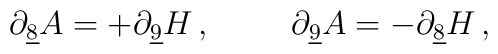
\partial_{\underline{8}}A =  +\partial_{\underline{9}}H\, ,\hspace{1cm}\partial_{\underline{9}}A =  -\partial_{\underline{8}}H\, ,